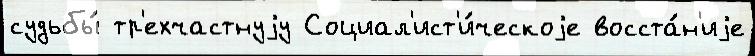
судьбы́ тр'ехчастнуjу Социал'ист'и́ческоjе восста́н'иjе